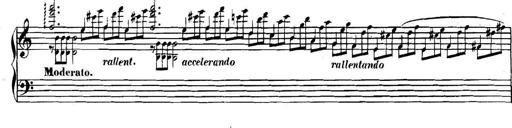
Title: Collected Piano Sonatas
Composer: Muzio Clementi